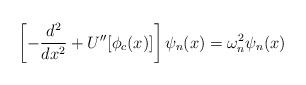
LaTeX: \begin{align*}\left[-\frac{d^2}{dx^2}+U''[\phi_c(x)]\right]\psi_n(x)=\omega_n^2\psi_n(x)\end{align*}